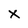
Character: X